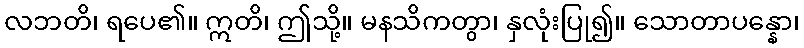
လဘတိ၊ ရပေ၏။ ဣတိ၊ ဤသို့။ မနသိကတွာ၊ နှလုံးပြု၍။ သောတာပန္နော၊